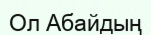
Ол Абайдың